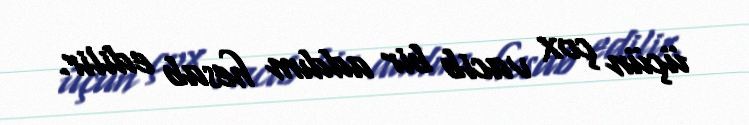
üçün çox vacib bir addım hesab edilir.